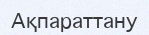
Ақпараттану